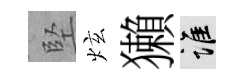
堅炫獺誰